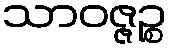
သာဝဇ္ဇဉ္စ